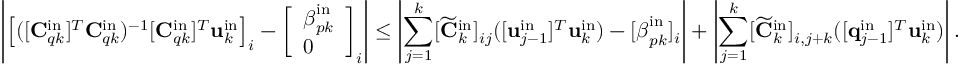
\left| \left[ ( [ \mathbf { C } _ { q k } ^ { \mathrm { i n } } ] ^ { T } \mathbf { C } _ { q k } ^ { \mathrm { i n } } ) ^ { - 1 } [ \mathbf { C } _ { q k } ^ { \mathrm { i n } } ] ^ { T } \mathbf { u } _ { k } ^ { \mathrm { i n } } \right] _ { i } - \left[ \begin{array} { l } { \boldsymbol { \beta } _ { p k } ^ { \mathrm { i n } } } \\ { 0 } \end{array} \right] _ { i } \right| \leq \left| \sum _ { j = 1 } ^ { k } [ \widetilde { \mathbf { C } } _ { k } ^ { \mathrm { i n } } ] _ { i j } ( [ \mathbf { u } _ { j - 1 } ^ { \mathrm { i n } } ] ^ { T } \mathbf { u } _ { k } ^ { \mathrm { i n } } ) - [ \boldsymbol { \beta } _ { p k } ^ { \mathrm { i n } } ] _ { i } \right| + \left| \sum _ { j = 1 } ^ { k } [ \widetilde { \mathbf { C } } _ { k } ^ { \mathrm { i n } } ] _ { i , j + k } ( [ \mathbf { q } _ { j - 1 } ^ { \mathrm { i n } } ] ^ { T } \mathbf { u } _ { k } ^ { \mathrm { i n } } ) \right| .